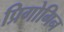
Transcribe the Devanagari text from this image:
प्रिगोगिन